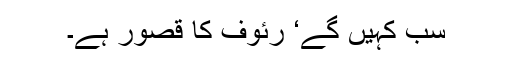
سب کہیں گے‘ رئوف کا قصور ہے۔